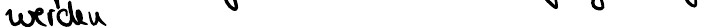
werden